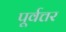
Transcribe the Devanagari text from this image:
पूर्वत्तर